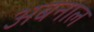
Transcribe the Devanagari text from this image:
अबनाल